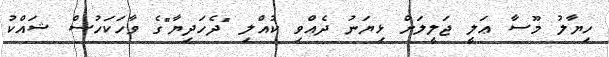
ހިޔާލު މޫސާ ޢަލީ ޖަލީލަށް ޅިޔަނު ދެއްވި ކުއްލި "ދެހަދިޔާ"ގެ ވާހަކަހުސް ޝައްކު